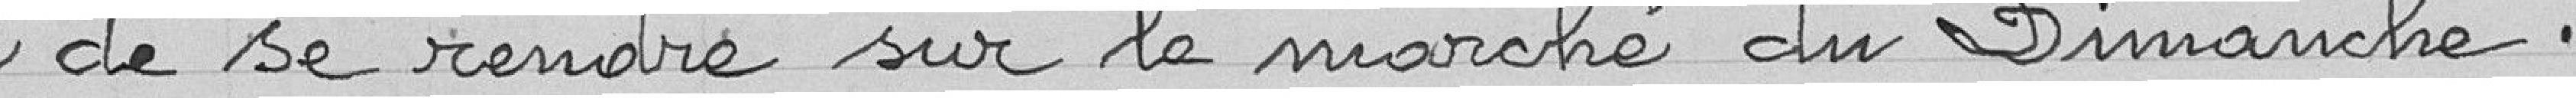
de se rendre sur le marché du dimanche.